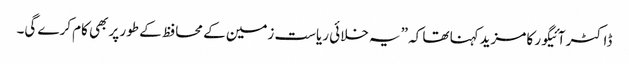
ڈاکٹر آئیگور کا مزیدکہنا تھا کہ ”یہ خلائی ریاست زمین کے محافظ کے طور پر بھی کام کرے گی۔